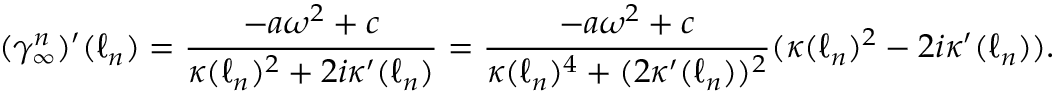
( \gamma _ { \infty } ^ { n } ) ^ { \prime } ( \ell _ { n } ) = \frac { - a \omega ^ { 2 } + c } { \kappa ( \ell _ { n } ) ^ { 2 } + 2 i \kappa ^ { \prime } ( \ell _ { n } ) } = \frac { - a \omega ^ { 2 } + c } { \kappa ( \ell _ { n } ) ^ { 4 } + ( 2 \kappa ^ { \prime } ( \ell _ { n } ) ) ^ { 2 } } ( \kappa ( \ell _ { n } ) ^ { 2 } - 2 i \kappa ^ { \prime } ( \ell _ { n } ) ) .